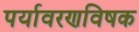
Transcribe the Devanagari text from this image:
पर्यावरणविषक